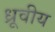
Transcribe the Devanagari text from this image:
ध्रूवीय